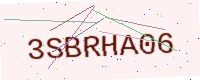
Text: 3SBRHA06